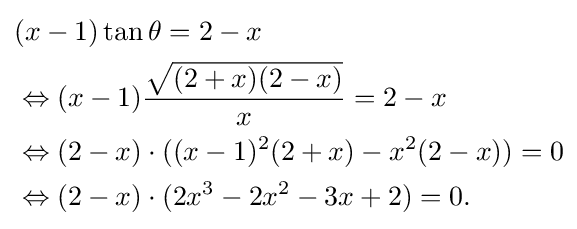
{\begin{aligned}&(x-1)\tan \theta =2-x\\&\Leftrightarrow (x-1){\frac {\sqrt {(2+x)(2-x)}}{x}}=2-x\\&\Leftrightarrow (2-x)\cdot ((x-1)^{2}(2+x)-x^{2}(2-x))=0\\&\Leftrightarrow (2-x)\cdot (2x^{3}-2x^{2}-3x+2)=0.\end{aligned}}